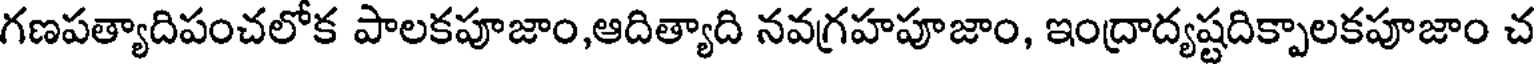
గణపత్యాదిపంచలోక పాలకపూజాం,ఆదిత్యాది నవగ్రహపూజాం, ఇంద్రాద్యష్టదిక్పాలకపూజాం చ